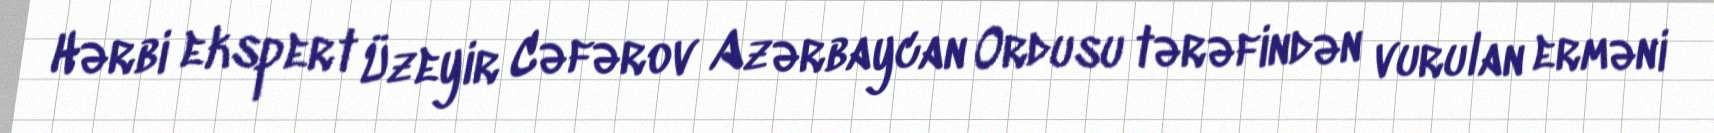
Hərbi ekspert Üzeyir Cəfərov Azərbaycan Ordusu tərəfindən vurulan erməni